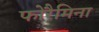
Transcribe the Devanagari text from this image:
फोरैमिना